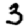
Digit: 3